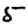
Digit: 5